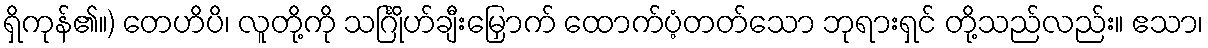
ရှိကုန်၏။) တေဟိပိ၊ လူတို့ကို သင်္ဂြိုဟ်ချီးမြှောက် ထောက်ပံ့တတ်သော ဘုရားရှင် တို့သည်လည်း။ ဧသာ၊